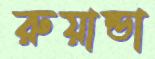
রুয়ান্ডা